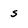
Character: s